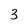
Character: 3